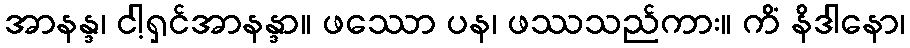
အာနန္ဒ၊ ငါ့ရှင်အာနန္ဒာ။ ဖဿော ပန၊ ဖဿသည်ကား။ ကိံ နိဒါနော၊